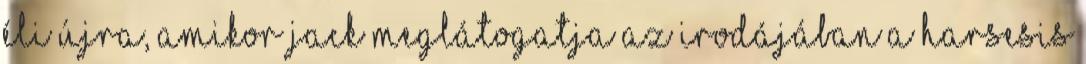
éli újra, amikor Jack meglátogatja az irodájában a Harsesis